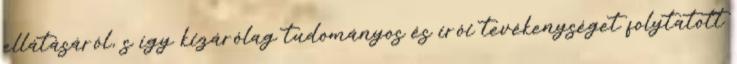
ellátásáról, s így kizárólag tudományos és írói tevékenységet folytatott